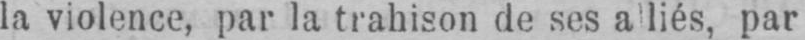
la violence, par la trahison de ses a liés, par